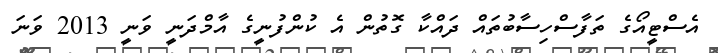
އެސްޓީއޯގެ ތަފާސްހިސާބުތައް ދައްކާ ގޮތުން އެ ކުންފުނީގެ އާމްދަނީ ވަނީ 2013 ވަނަ